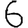
Digit: 6